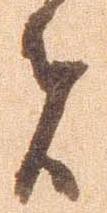
者